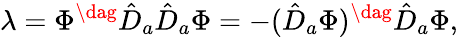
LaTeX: \lambda=\Phi^{\dag}\hat{D}_{a}\hat{D}_{a}\Phi=-(\hat{D}_{a}\Phi)^{\dag}\hat{D}_{a}\Phi,